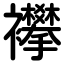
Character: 襻